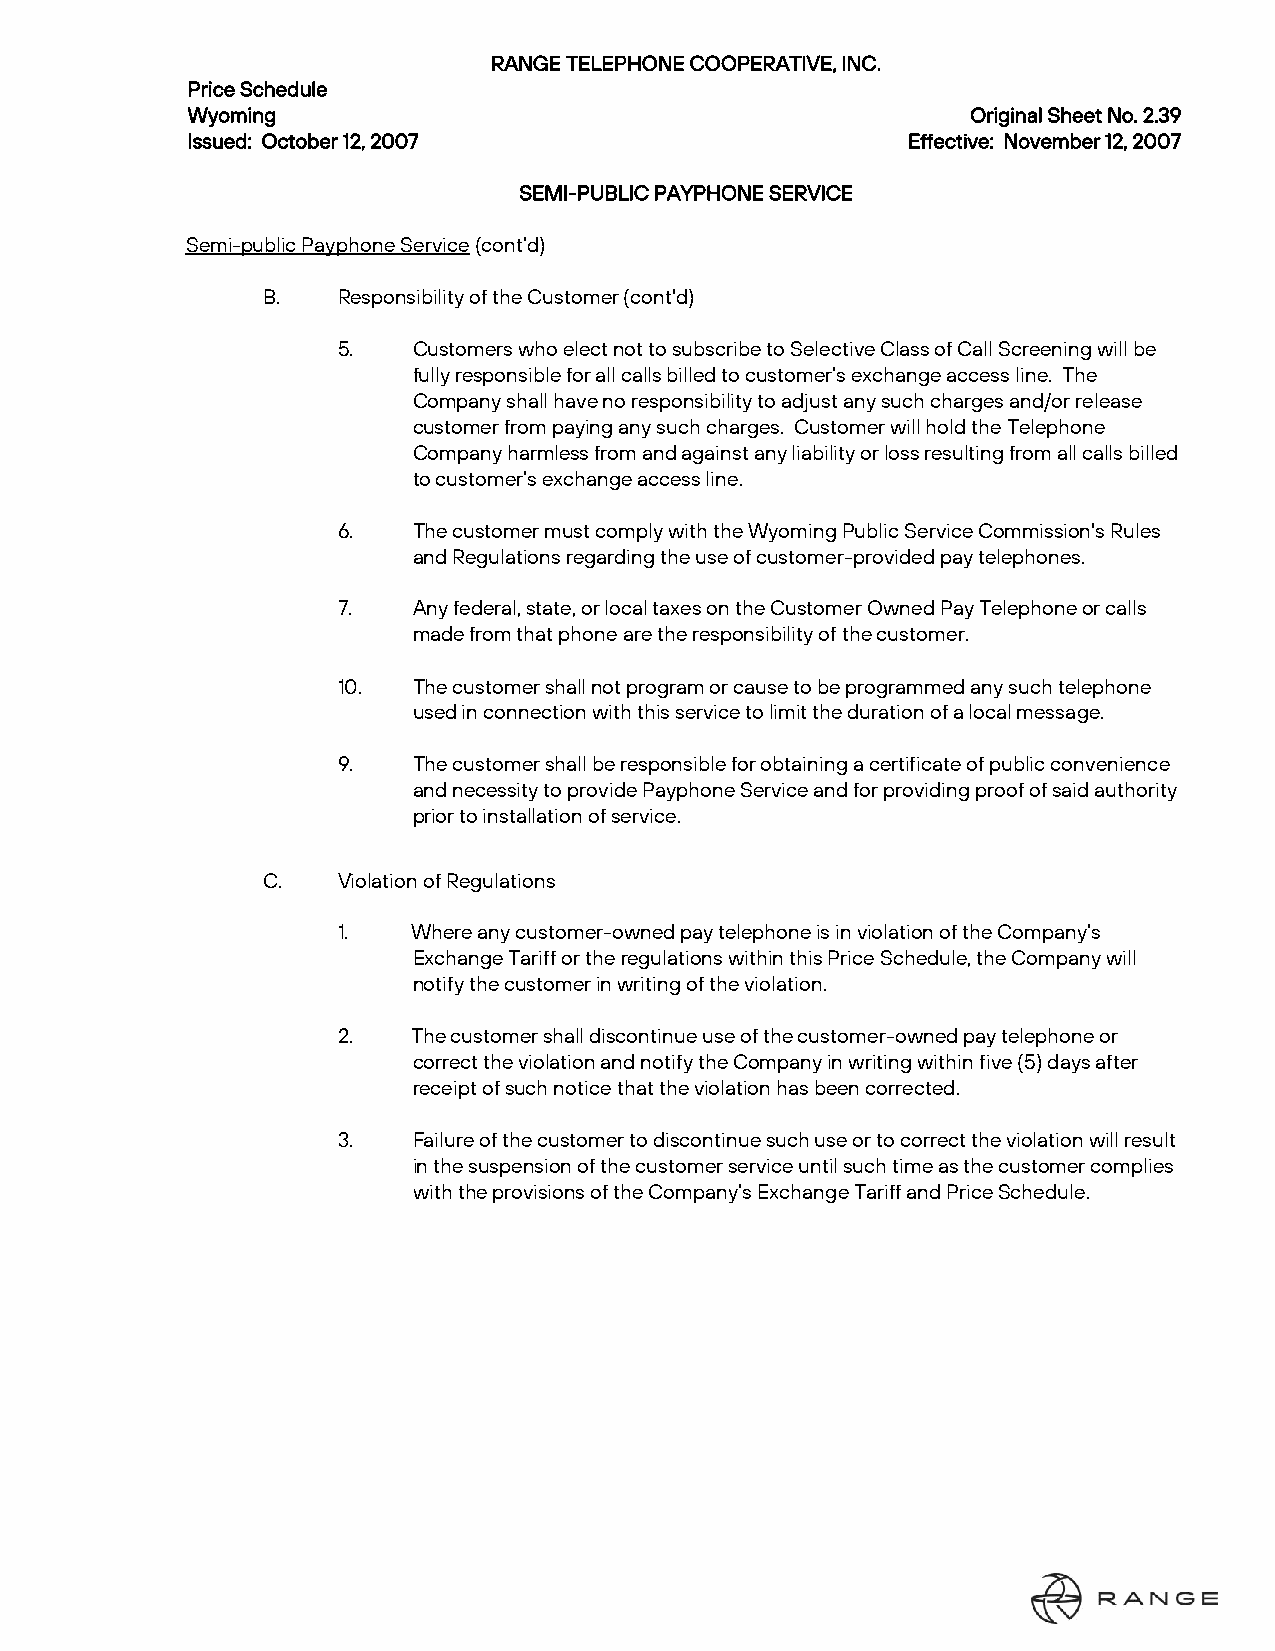
RANGE TELEPHONE COOPERATIVE, INC.
 Price Schedule
 Wyoming                                             Original Sheet No. 2.39
 Issued: October 12, 2007                        Effective: November 12, 2007
 SEMI-PUBLIC PAYPHONE SERVICE
 Semi-public Payphone Service (cont’d)
 B.   Responsibility of the Customer (cont'd)
 5.   Customers who elect not to subscribe to Selective Class of Call Screening will be
 fully responsible for all calls billed to customer’s exchange access line. The
 Company shall have no responsibility to adjust any such charges and/or release
 customer from paying any such charges. Customer will hold the Telephone
 Company harmless from and against any liability or loss resulting from all calls billed
 to customer’s exchange access line.
 6.   The customer must comply with the Wyoming Public Service Commission's Rules
 and Regulations regarding the use of customer-provided pay telephones.
 7.   Any federal, state, or local taxes on the Customer Owned Pay Telephone or calls
 made from that phone are the responsibility of the customer.
 10.  The customer shall not program or cause to be programmed any such telephone
 used in connection with this service to limit the duration of a local message.
 9.   The customer shall be responsible for obtaining a certificate of public convenience
 and necessity to provide Payphone Service and for providing proof of said authority
 prior to installation of service.
 C.   Violation of Regulations
 1.   Where any customer-owned pay telephone is in violation of the Company’s
 Exchange Tariff or the regulations within this Price Schedule, the Company will
 notify the customer in writing of the violation.
 2.   The customer shall discontinue use of the customer-owned pay telephone or
 correct the violation and notify the Company in writing within five (5) days after
 receipt of such notice that the violation has been corrected.
 3.   Failure of the customer to discontinue such use or to correct the violation will result
 in the suspension of the customer service until such time as the customer complies
 with the provisions of the Company’s Exchange Tariff and Price Schedule.